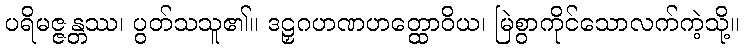
ပရိမဇ္ဇန္တဿ၊ ပွတ်သသူ၏။ ဒဠှဂဟဏဟတ္ထောဝိယ၊ မြဲစွာကိုင်သောလက်ကဲ့သို့။